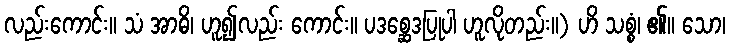
လည်းကောင်း။ သံ အာဓိ၊ ဟူ၍လည်း ကောင်း။ ပဒစ္ဆေဒပြုပါ ဟူလိုတည်း။) ဟိ သစ္စံ၊ ၏။ သော၊